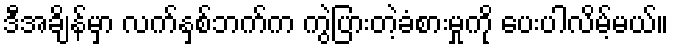
ဒီအချိန်မှာ လက်နှစ်ဘက်က ကွဲပြားတဲ့ခံစားမှုကို ပေးပါလိမ့်မယ်။